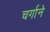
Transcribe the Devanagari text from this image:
चर्गाने